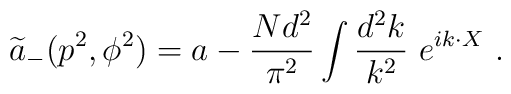
{\widetilde a}_-(p^2,\phi^2)= a-{Nd^2\over\pi^2}\int {d^2 k\over k^2}~e^{ik\cdot X}~.